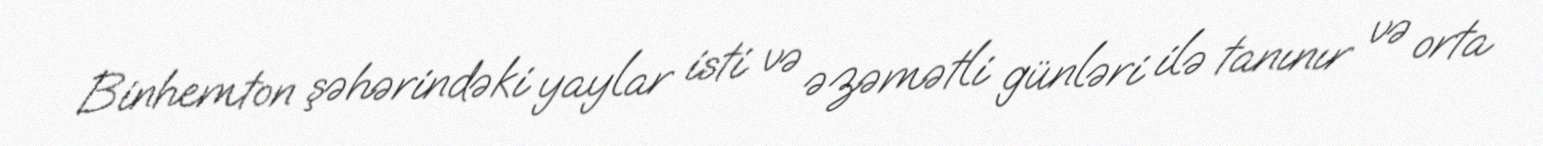
Binhemton şəhərindəki yaylar isti və əzəmətli günləri ilə tanınır və orta